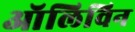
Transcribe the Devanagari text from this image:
ऑलिविन